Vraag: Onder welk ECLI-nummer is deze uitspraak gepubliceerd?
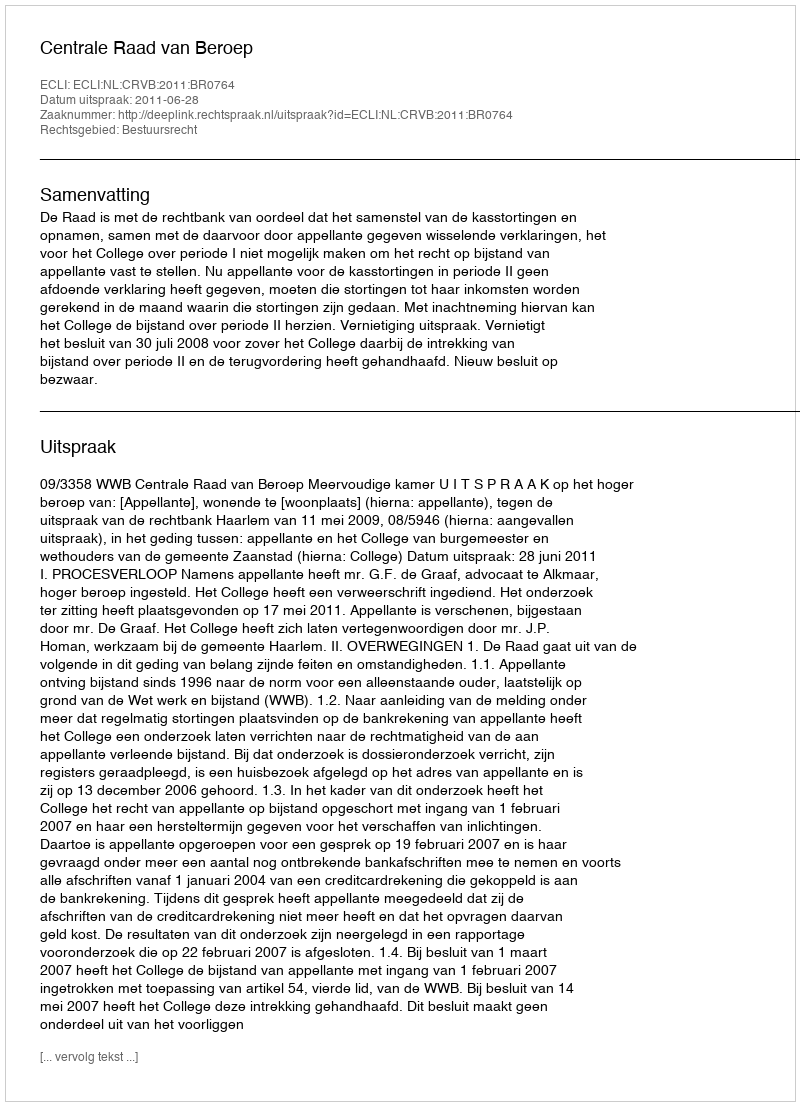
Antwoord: ECLI:NL:CRVB:2011:BR0764